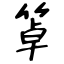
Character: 䈇